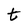
Character: t